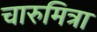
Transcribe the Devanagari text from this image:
चारुमित्रा